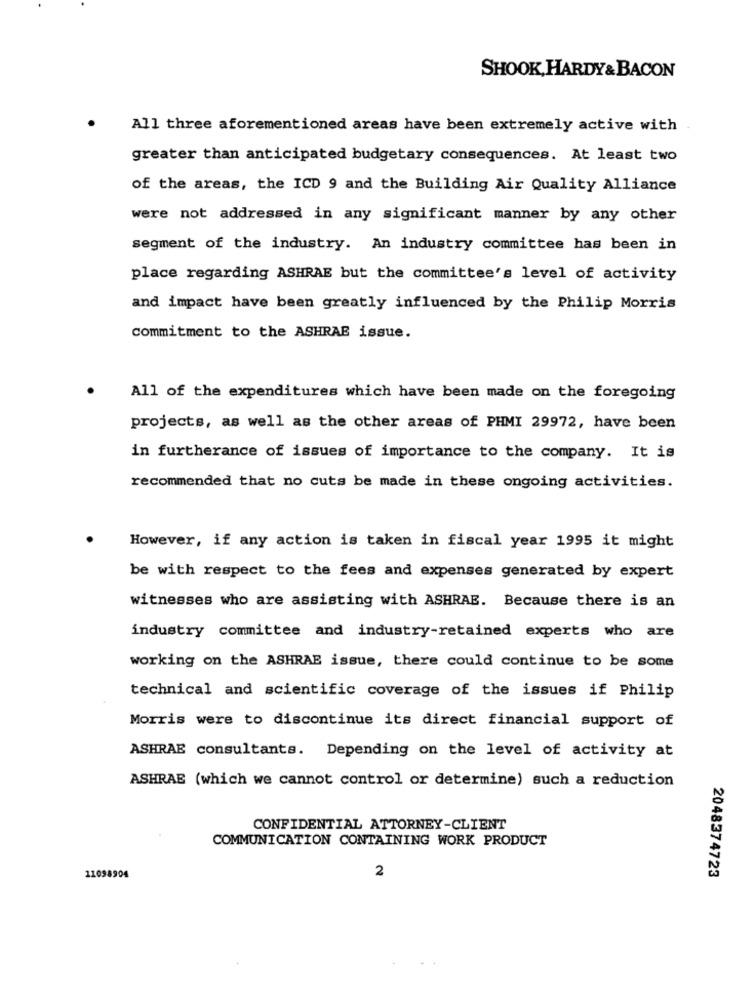
SHOOK, HARDY & BACON
All three aforementioned areas have been extremely active with
greater than anticipated budgetary consequences. At least two
of the areas, the ICD 9 and the Building Air Quality Alliance
were not addressed in any significant manner by any other
segment of the industry. An industry committee has been in
place regarding ASHRAE but the committee's level of activity
and impact have been greatly influenced by the Philip Morris
commitment to the ASHRAE issue.
All of the expenditures which have been made on the foregoing
projects, as well as the other areas of PHMI 29972, have been
in furtherance of issues of importance to the company. It is
recommended that no cuts be made in these ongoing activities.
However, if any action is taken in fiscal year 1995 it might
be with respect to the fees and expenses generated by expert
witnesses who are assisting with ASHRAE. Because there is an
industry committee and industry-retained experts who are
working on the ASHRAE issue, there could continue to be some
technical and scientific coverage of the issues if Philip
Morris were to discontinue its direct financial support of
ASHRAE consultants. Depending on the level of activity at
ASHRAE (which we cannot control or determine) such a reduction
CONFIDENTIAL ATTORNEY-CLIENT
COMMUNICATION CONTAINING WORK PRODUCT
2048374723
11098904
2